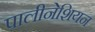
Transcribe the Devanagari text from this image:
पालीनेशियन